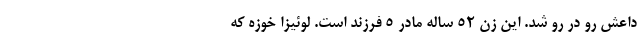
داعش رو در رو شد. این زن 52 ساله مادر 5 فرزند است. لوئیزا خوزه که